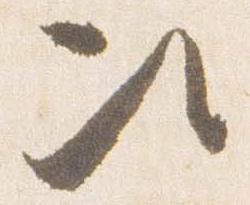
次